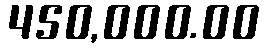
450,000.00